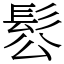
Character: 䯳